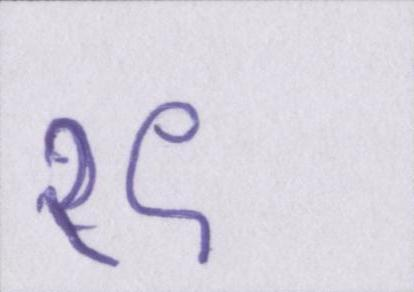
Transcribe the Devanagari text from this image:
१९